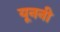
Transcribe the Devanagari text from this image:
यूननी